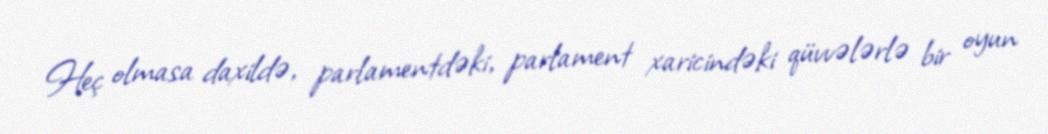
Heç olmasa daxildə, parlamentdəki, parlament xaricindəki qüvvələrlə bir oyun